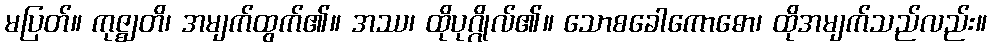
မပြတ်။ ကုဇ္ဈတိ၊ အမျက်ထွက်၏။ အဿ၊ ထိုပုဂ္ဂိုလ်၏။ သောစခေါကောဓော၊ ထိုအမျက်သည်လည်း။